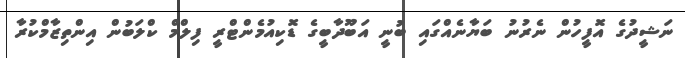
ނަޝީދުގެ އޮފީހުން ނެރުނު ބަޔާނެއްގައި ބުނީ އަބޫދާބީގެ ޑޮކިއުމެންޓްރީ ފިލްމް ކްލަބުން އިންތިޒާމްކުރާ